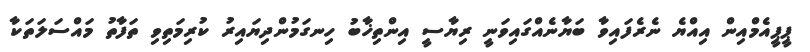
ޕީޕީއެމްއިން އިއްޔެ ނެރެފައިވާ ބަޔާނެއްގައިވަނީ ރިޔާސީ އިންތިޚާބު ހިނގަމުންދިޔައިރު ކުރިމަތިވި ތަފާތު މައްސަލަތަކާ